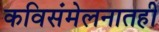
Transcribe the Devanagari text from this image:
कविसंमेलनातही